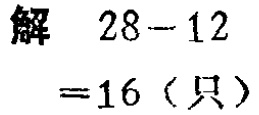
解 \(28 - 12\)

\(= 16\)（只）